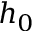
h _ { 0 }